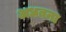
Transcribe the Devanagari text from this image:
अधबना